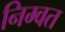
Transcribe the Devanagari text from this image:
निम्वत